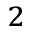
^ 2